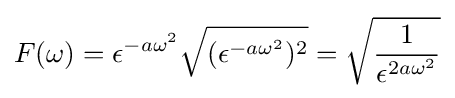
F(\omega )=\epsilon ^{-a\omega ^{2}}{\sqrt {(\epsilon ^{-a\omega ^{2}})^{2}}}={\sqrt {\frac {1}{\epsilon ^{2a\omega ^{2}}}}}